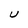
Character: U